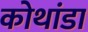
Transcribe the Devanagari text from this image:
कोथांडा